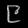
Digit: ၉